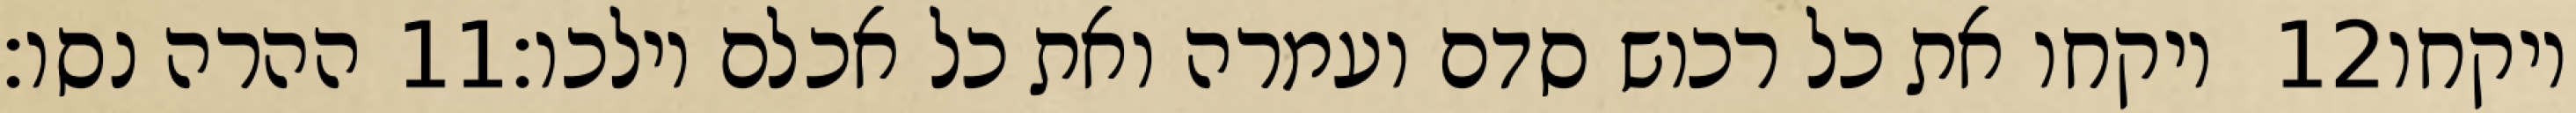
ההרה נסו׃ ‎11‏ ויקחו את כל רכוש סדם ועמרה ואת כל אכלם וילכו׃ ‎12‏ ויקחו